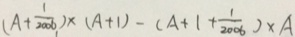
( A + \frac { 1 } { 2 0 0 6 } ) \times ( A + 1 ) - ( A + 1 + \frac { 1 } { 2 0 0 6 } ) \times A